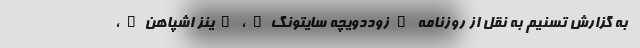
به گزارش تسنیم به نقل از روزنامه "زوددویچه سایتونگ"، "ینز اشپاهن"،